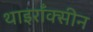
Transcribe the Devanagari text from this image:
थाइराँक्सीन